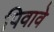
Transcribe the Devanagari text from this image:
पिवावे